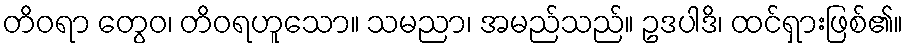
တိဝရာ တွေဝ၊ တိဝရဟူသော။ သမညာ၊ အမည်သည်။ ဥဒပါဒိ၊ ထင်ရှားဖြစ်၏။